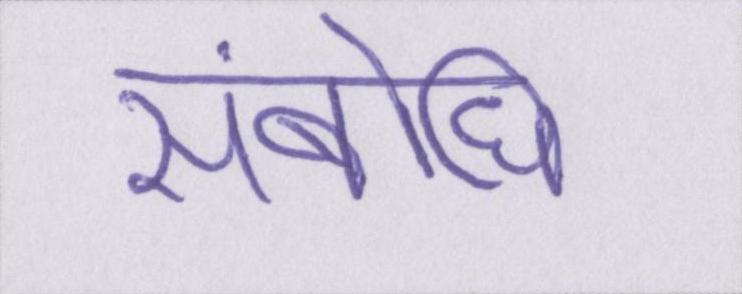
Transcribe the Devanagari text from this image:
संबोधि